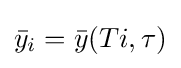
{\bar {y}}_{i}={\bar {y}}(Ti,\tau )